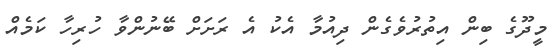
މީދޫގެ ބިން އިތުރުވެގެން ދިއުމާ އެކު އެ ރަށަށް ބޭނުންވާ ހުރިހާ ކަމެއް